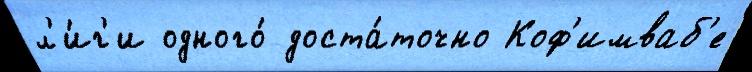
л'и́г'и одного́ доста́точно Коф'имваб'е